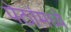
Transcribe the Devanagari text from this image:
पेठांमध्ये